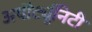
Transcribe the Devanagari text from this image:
अपॊर्ट्युनिटी